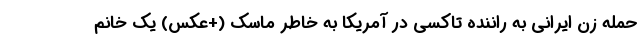
حمله زن ایرانی به راننده تاکسی در آمریکا به خاطر ماسک (+عکس) یک خانم